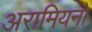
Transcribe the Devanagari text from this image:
अरामियनों